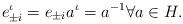
LaTeX: \begin{align*}e_{\pm i}^\iota=e_{\pm i} a^\iota=a^{-1} \forall a\in H.\end{align*}